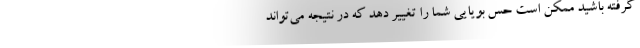
گرفته باشید ممکن است حس بویایی شما را تغییر دهد که در نتیجه می‌تواند